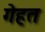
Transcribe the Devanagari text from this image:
गेहत